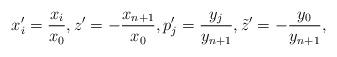
LaTeX: \begin{gather*}x'_i = \frac{x_i}{x_0},z' = - \frac{x_{n+1}}{x_0},p'_j = \frac{y_j}{y_{n+1}},\tilde{z}' = - \frac{y_0}{y_{n+1}},\end{gather*}